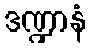
ဒဏ္ဍာနံ